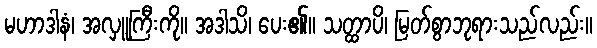
မဟာဒါနံ၊ အလှူကြီးကို။ အဒါသိ၊ ပေး၏။ သတ္ထာပိ၊ မြတ်စွာဘုရားသည်လည်း။